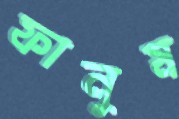
ফানুষ